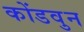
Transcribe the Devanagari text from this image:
कोंडवुन